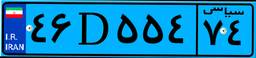
۴۶D۵۵۴۷۴